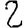
Digit: 2